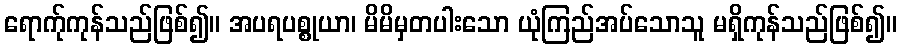
ရောက်ုကုန်သည်ဖြစ်၍။ အပရပစ္စုယာ၊ မိမိမှတပါးသော ယုံကြည်အပ်သောသူ မရှိကုန်သည်ဖြစ်၍။